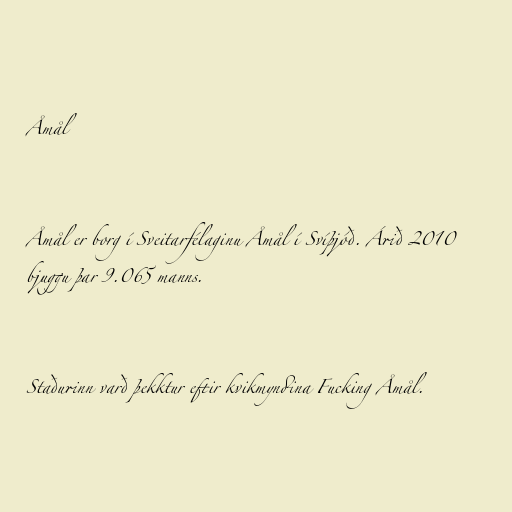
Åmål

Åmål er borg í Sveitarfélaginu Åmål í Svíþjóð. Árið 2010
bjuggu þar 9.065 manns.

Staðurinn varð þekktur eftir kvikmyndina Fucking Åmål.